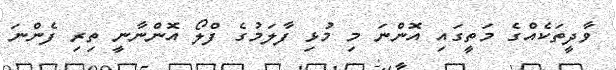
ވާދީތަކެއްގެ މަތީގައި އޮންނަ މި މުޅި ފާލަމުގެ ފްލޯ އޮންނާނީ ތިރި ފެންނަ